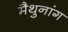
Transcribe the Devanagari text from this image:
मैथुनांग